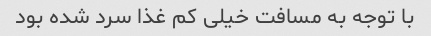
با توجه به مسافت خیلی کم غذا سرد شده بود